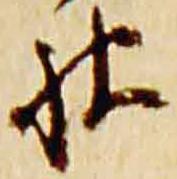
被